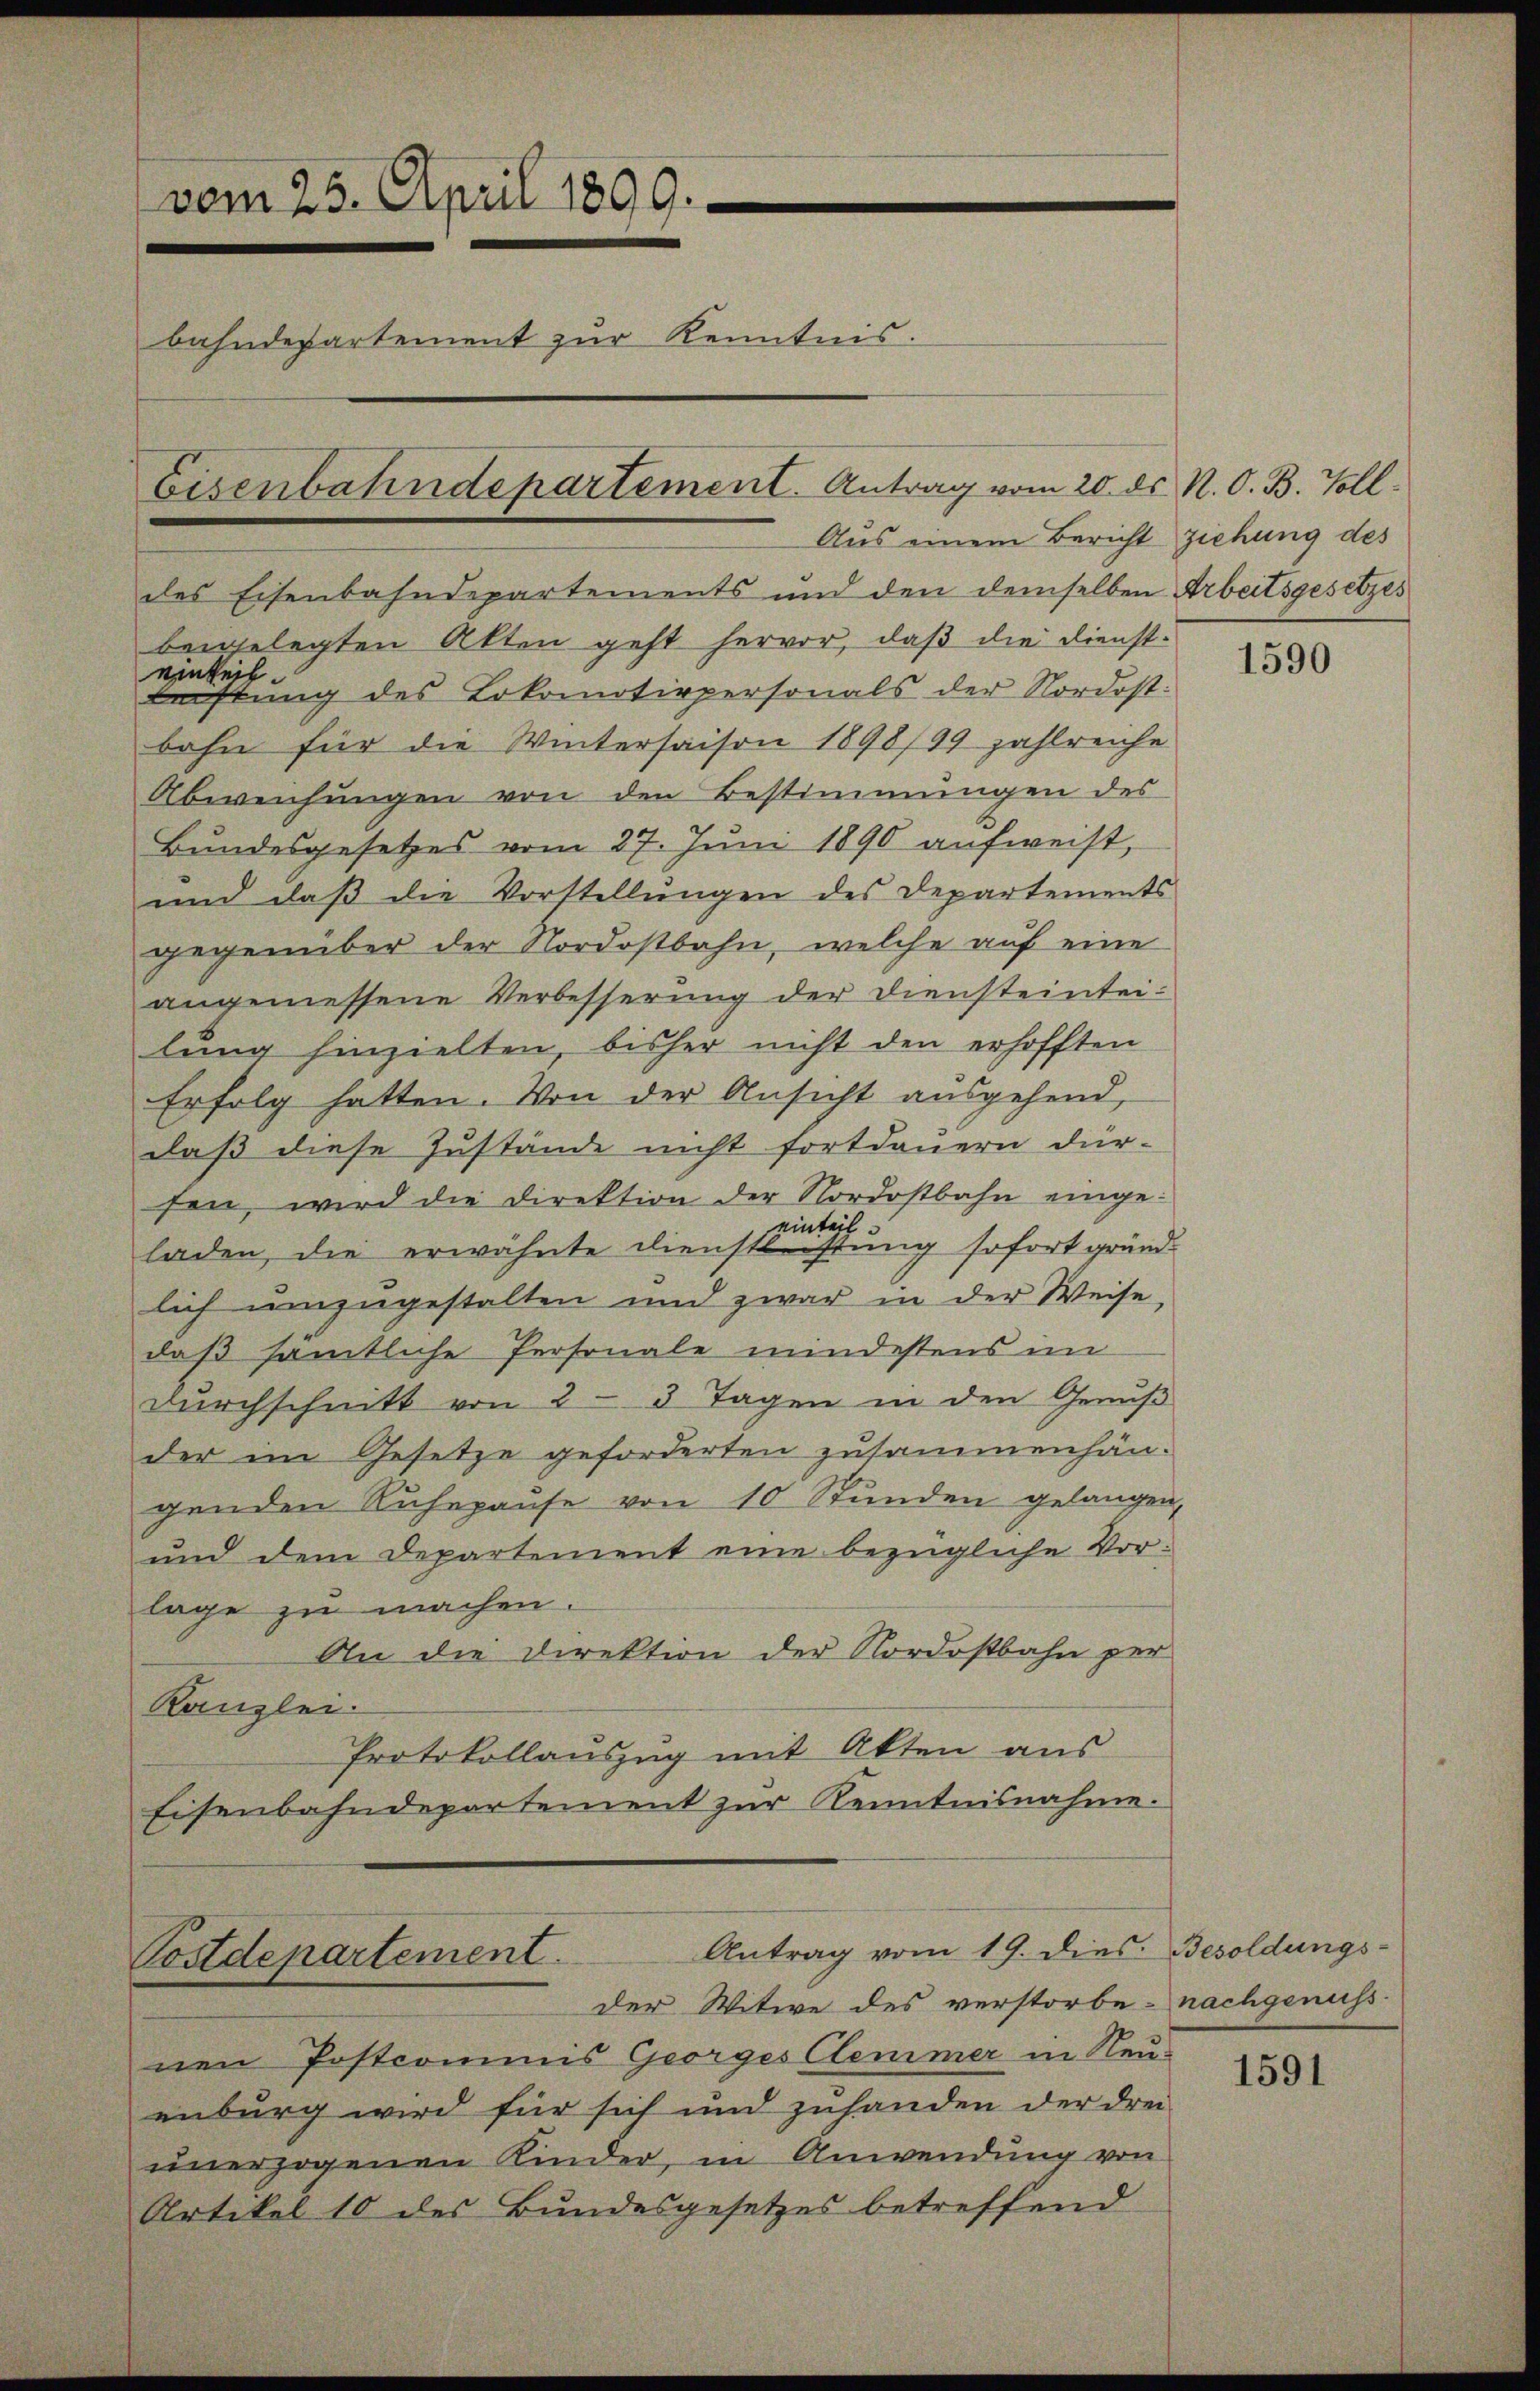
vom 25. April 1899.
bahndepartement zur Kenntnis.
Eisenbahndepartement. Antrag vom 20. d.

nen Postcommis Georges Clemmer in Neuenburg wird für sich und zuhanden der drei
unerzogenen Kinder, in Anwendung von
Artikel 10 des Bundesgesetzes betreffend

Aus einem Bericht ziehung des

des Eisenbahndepartements und den demselben Arbeitsgesetzes
beigelegten Akten geht hervor, daß die Diensteinkeil
leistung des Lokomotivpersonals der Nordost:
bahn für die Wintersaison 1898/99 zahlreiche
Abweichungen von den Bestimmungen des
Bundesgesetzes vom 27. Juni 1890 aufweist,
und daß die Vorstellungen des Departements
gegenüber der Nordostbahn, welche auf eine
angemessene Verbesserung der Diensteintei-
lung hinzielten, bisher nicht den erhofften
Erfolg hatten. Von der Ansicht ausgehend,
daß diese Zustände nicht fortdauern dür-
sen, wird die Direktion der Nordostbahn eingeeinteil
laden, die erwähnte Dienstleistung sofort gründlich umzugestalten und zwar in der Weise,
daß sämtliche Personale mindestens im
dŭrchschnitt von 2-3 Tagen in den Genuß
der im Gesetze geforderten zusammenhängenden Ruhepause von 10 Stŭnden gelangen,
und dem Departement eine bezügliche Vorlage zu machen.
An die Direktion der Nordostbahn per
Kanzlei.
Protokollauszug mit Akten aus
Eisenbahndepartement zur Kenntnisnahme.

Antrag vom 19. dies
Postdepartement.
der Witwe des verstorbe- nachgenuss.

E N. O. B. Voll

1590

Besoldungs-

1591